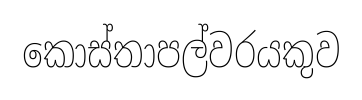
කොස්තාපල්වරයකුව